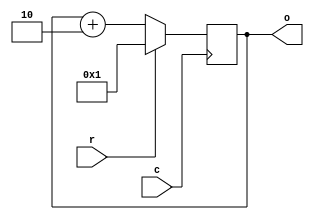
//MY counter
module counter(o, c, r);
  input c, r;     //c = clock, r = reset
  output reg [7:0]o;
  always@(posedge c)
    begin
      if(r)
        o <= 8'b1;
      else
        o <= o + 8'h02;
    end
endmodule